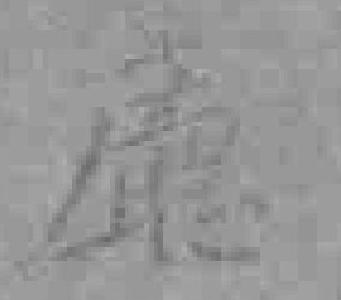
廳